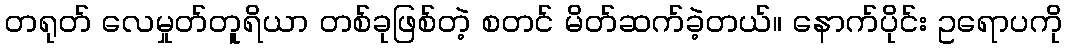
တရုတ် လေမှုတ်တူရိယာ တစ်ခုဖြစ်တဲ့ စတင် မိတ်ဆက်ခဲ့တယ်။ နောက်ပိုင်း ဥရောပကို